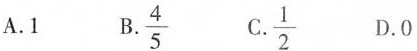
A.1 b.\frac{4}{5} c. \frac{1}{2} D.0